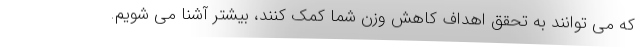
که می توانند به تحقق اهداف کاهش وزن شما کمک کنند، بیشتر آشنا می شویم.